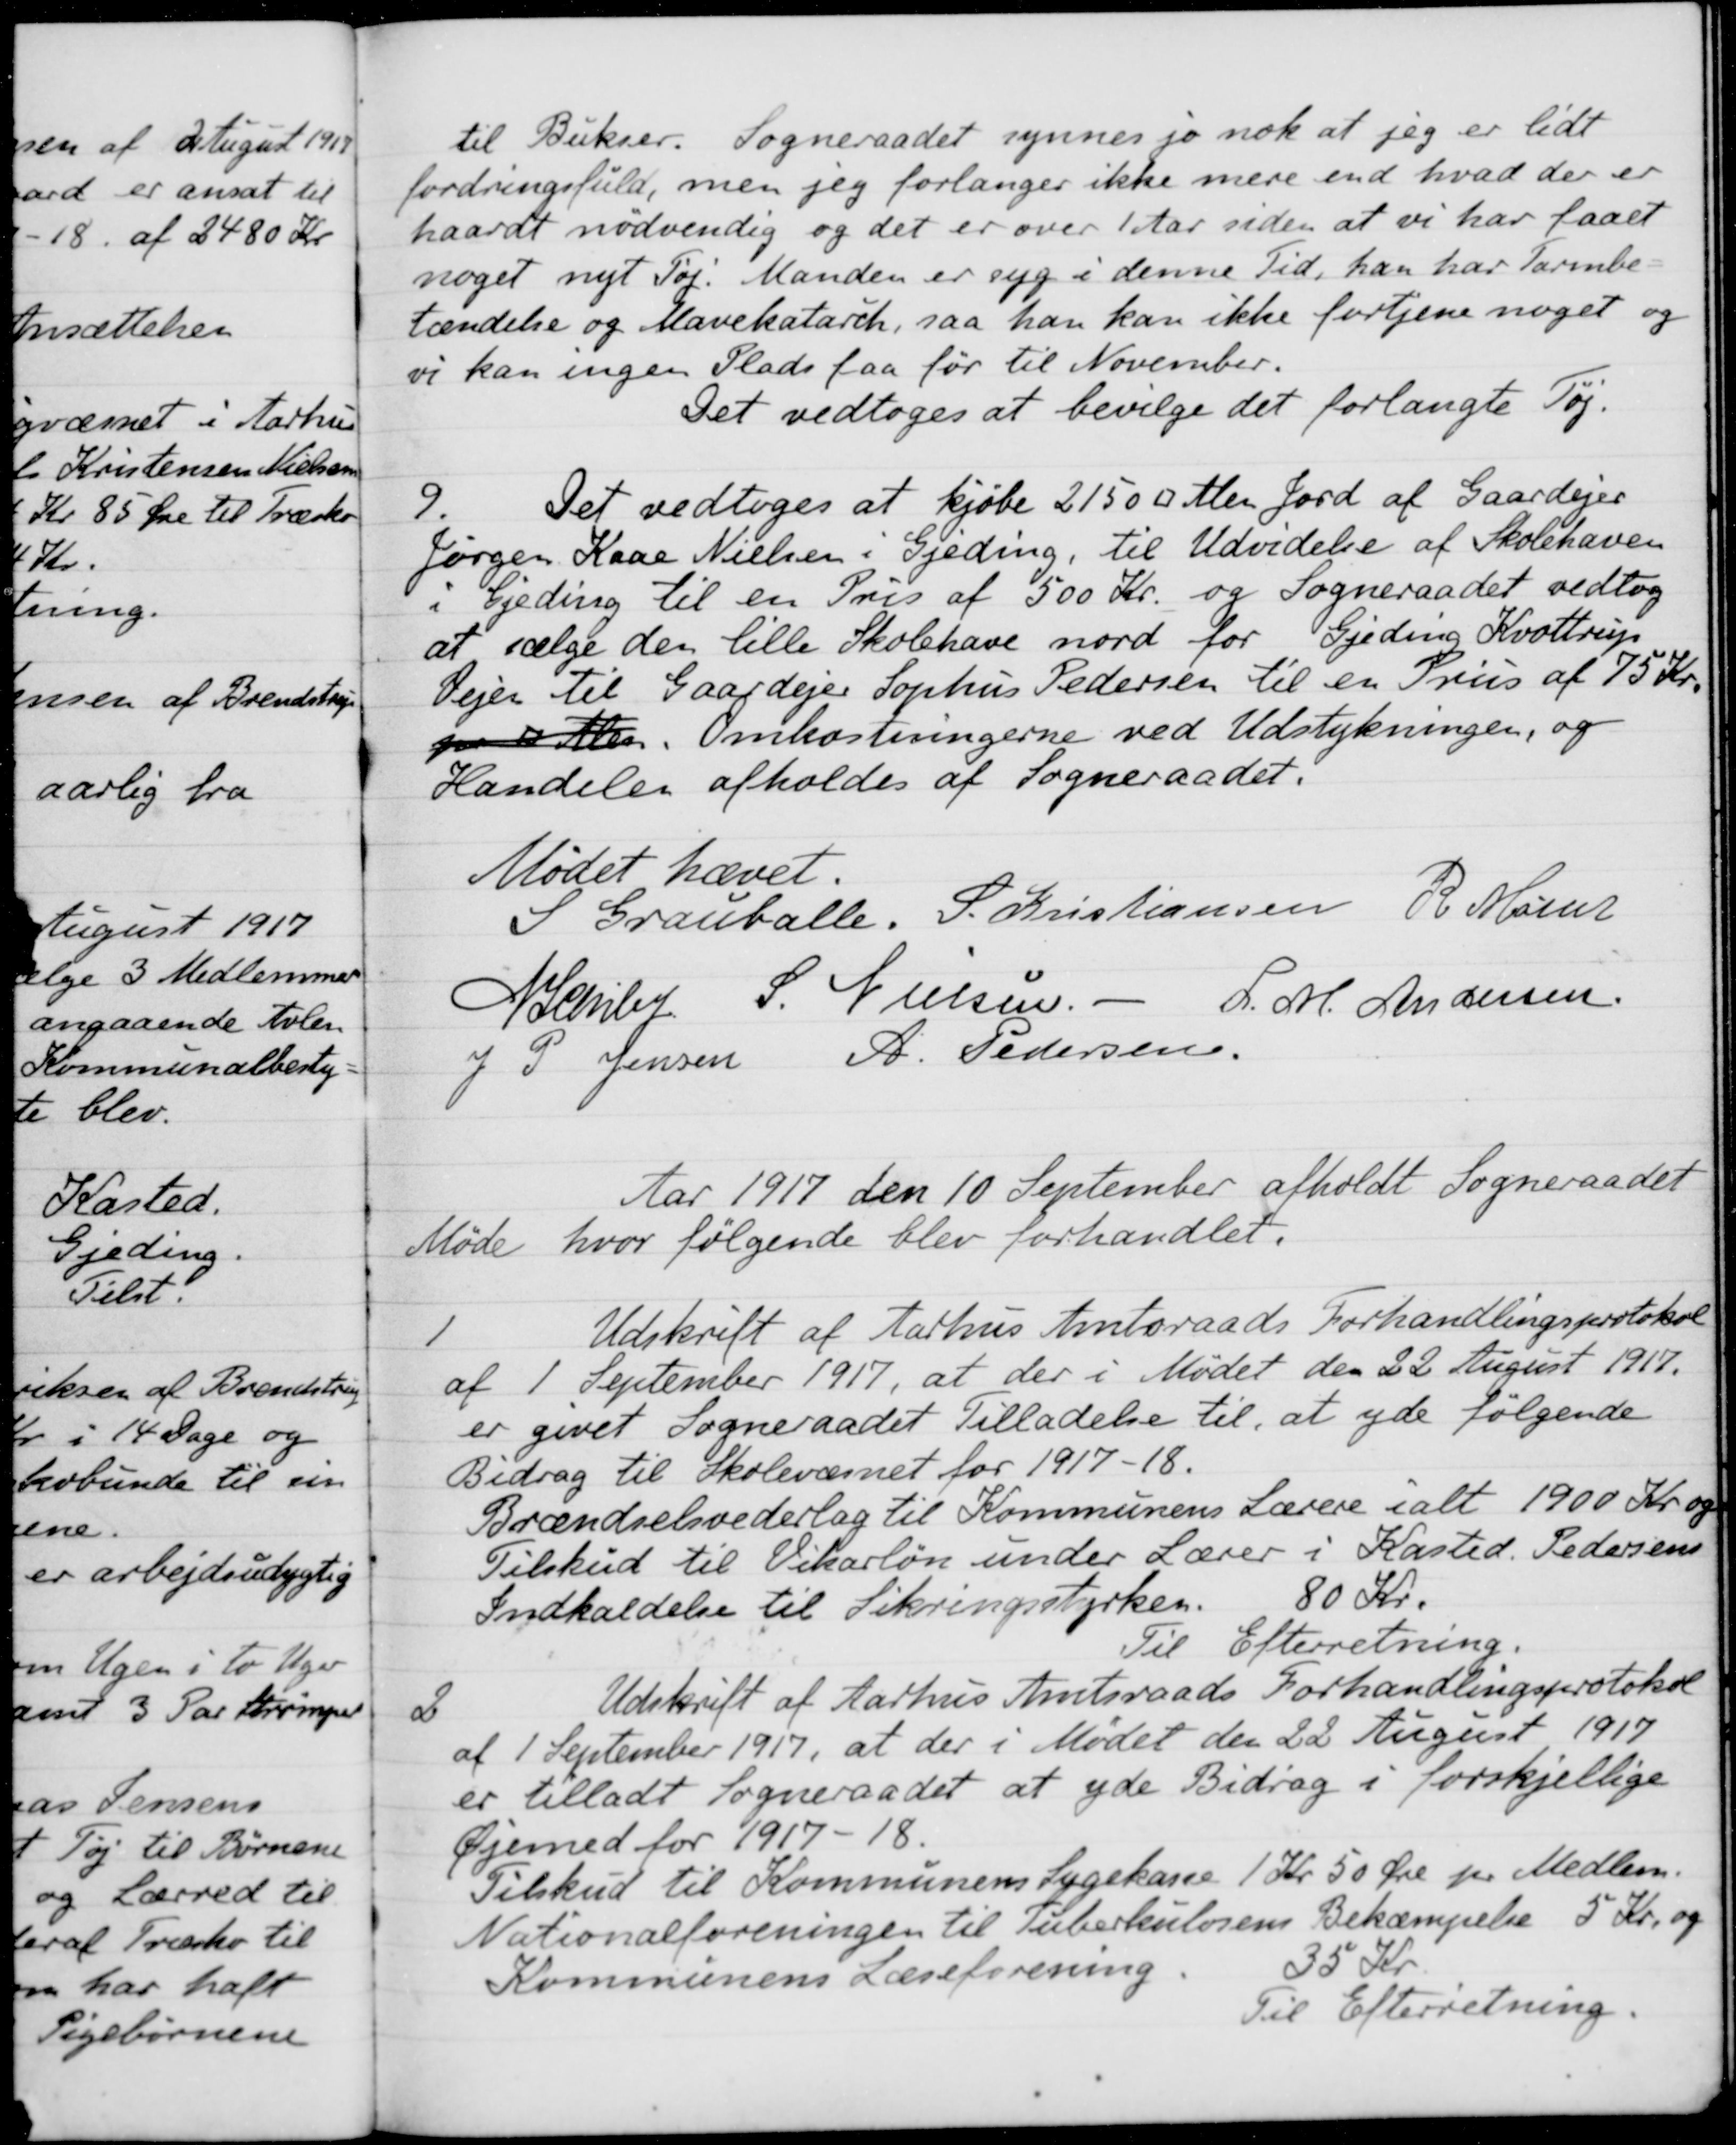
Transskription:
til Bukser. Sogneraadet synnes jo nok at jeg er lidt
fordringsfuld, men jeg forlanger ikke mere end hvad der er
haardt nødvendig og det er over 1 Aar siden at vi har faaet
noget nyt Tøj. Manden er syg i denne Tid, han har Tarmbe
tændelse og Marekatarch, saa han kan ikke fortjene noget og
vi kan ingen Plads faa før til November.
Det vedtoges at bevilge det forlangte Tøj.
9.
Det vedtoges at kjøbe 2150 kv.Alen Jord af Gaardejer
Jørgen Kaae Nielsen i Gjeding, til Udvidelse af Skolehaven
i Gjeding til en Pris af 500 Kr. og Sogneraadet vedtog
at sælge den lille Skolehave nord for Gjeding Krottrup
Vejen til Gaardejer Sophus Pedersen til en Pris af 75 Kr.
p 3 Alen. Omkostningerne ved Udstykningen, og 
Handeler afholdes af Sogneraadet:
Mødet hævet.
S Grauballe.
S. Kristiansen
R. Møller
N Schiby
S Nielsen
L. M. Andersen
J. P. Jensen
A. Pedersen
Aar 1917 den 10 September afholdt Sogneraadet
Møde hvor følgende blev forhandlet.
1
Udskrift af Aarhus Amtsraads Forhandlingsprotokol
af 1 September 1917, at der i Mødet den 22 August 1917.
er givet Sogneraadet Tilladelse til, at yde følgende
Bidrag til Skolevæsnet for 1917-18.
Brændselsvederlag til Kommunens Lærere i alt 1900 Kr. og
Tilskud til Vikarløn under Lærer i Kasted. Pedersens
Indkaldelse til Sikringsstyrken
80 Kr.
Til Efterretning.
2
Udskrift af Aarhus Amtsraads Forhandlingsprotokol
af 1 September 1917, at der i Mødet den 22 August 1917
er tilladt Sogneraadet at yde Bidrag i forskjellige
Øjemed for 1917-18.
Tilskud til Kommunens Sygekasse 1 Kr 50 Øre pr Medlem.
Nationalforeningen til Tuberkulosens Bekæmpelse 5 Kr. og
Kommunens Læseforening
35 Kr.
Til Efterretning.